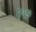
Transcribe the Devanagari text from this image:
२७